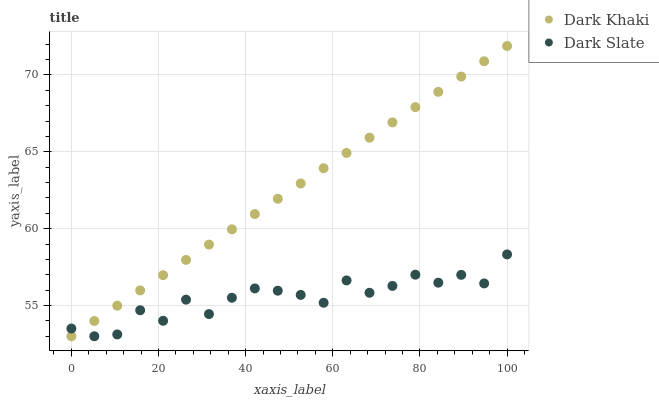
| xaxis_label | Dark Khaki | Dark Slate |
 | --- | --- | --- |
 | 0 | 53 | 53.5 |
 | 5.26 | 54 | 53 |
 | 10.5 | 55 | 53.1 |
 | 15.8 | 56 | 54.7 |
 | 21.1 | 57 | 54 |
 | 26.3 | 58 | 55.4 |
 | 31.6 | 59 | 54.4 |
 | 36.8 | 60 | 55.5 |
 | 42.1 | 60.9 | 56.1 |
 | 47.4 | 61.9 | 56 |
 | 52.6 | 62.9 | 55.7 |
 | 57.9 | 63.9 | 55.2 |
 | 63.2 | 64.9 | 56.6 |
 | 68.4 | 65.9 | 55.8 |
 | 73.7 | 66.9 | 56.3 |
 | 78.9 | 67.9 | 57 |
 | 84.2 | 68.9 | 56.5 |
 | 89.5 | 69.9 | 57 |
 | 94.7 | 70.9 | 56.4 |
 | 100 | 71.9 | 58.3 |